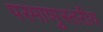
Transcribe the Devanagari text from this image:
परमाणुस्तरीय